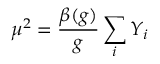
\mu ^ { 2 } = \frac { \beta ( g ) } { g } \sum _ { i } Y _ { i }